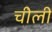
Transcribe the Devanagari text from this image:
चीली